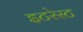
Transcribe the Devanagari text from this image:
इटरेस्‍ट